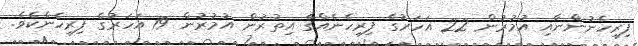
ފިރިހެނުންނާއި އުމުރުން 22 އަހަރުގެ ފިރިހެނެއްގެ އިތުރުން އުމުރުން 19 އަހަރުގެ ފިރިހެނެކެވެ.